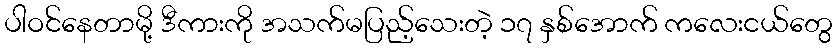
ပါဝင်နေတာမို့ ဒီကားကို အသက်မပြည့်သေးတဲ့ ၁၇ နှစ်အောက် ကလေးငယ်တွေ